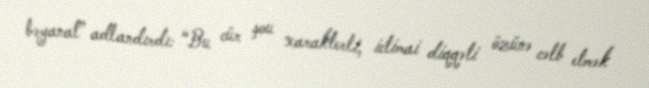
bəyanat” adlandırdı: “Bu cür şou xarakterli, ictimai diqqəti özünə cəlb etmək